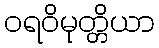
ဝရဝိမုတ္တိယာ